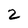
Character: 2